Report on sanitation, dispensaries, and jails in Rajputana for 1912, and on vaccination for the year 1912-1913 - 1912-1913
Year: 1912
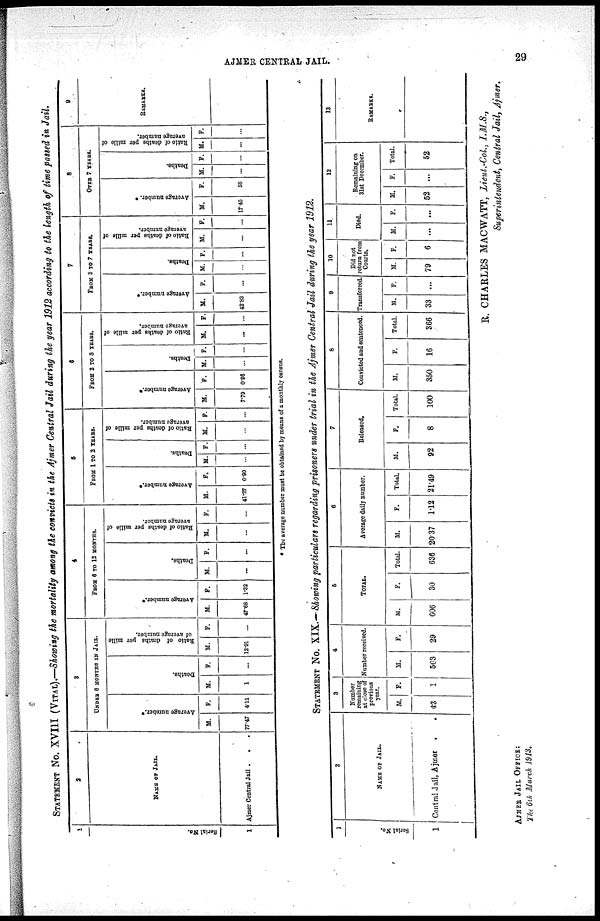
AJMER CENTRAL JAIL.
29
STATEMENT No. XVIII (VITAL).—Showing the mortality among the convicts in the Ajmer Central Jail during the year 1912 according to the length of time passed in Jail.
1
Serial No.
1
2
NAME OF JAIL.
Ajmer Central Jail .
. .
3
UNDER 6 MONTHS IN JAIL.
Average number. *
M.
77.47
F.
4.11
Deaths.
M.
1
F.
...
Ratio of deaths per mille
of average number.
M.
12.91
F.
...
4
FROM 6 TO 12 MONTHS.
Average number.*
M.
47.68
F.
1.32
Deaths.
M.
...
F.
...
Ratio of deaths per mille of
average number.
M.
...
F.
...
5
FROM 1 TO 2 YEARS.
Average number.*
M.
41.27
F.
0.90
Deaths.
M.
...
F.
...
Ratio of deaths per mille of
average number.
M.
...
F.
...
6
FROM 2 TO 3 YEARS.
Average number.*
M.
7.79
F.
0.96
Deaths.
M.
...
F.
...
Ratio of deaths per mille of
average number.
M.
...
F.
...
7
FROM 3 TO 7 YEARS.
Average number.*
M.
42.83
F.
...
Deaths.
M.
...
F.
...
Ratio of deaths per mille of
average number.
M.
...
F.
...
8
OVER 7 YEARS.
Average number. *
M.
17.45
F.
58
Deaths.
M.
...
F.
...
Ratio of deaths per mille of
average number.
M.
...
F.
...
9
REMARKS.
* The average number must be obtained by means of a monthly census.
STATEMENT No. XIX.— Showing particulars regarding prisoners under trial in the Ajmer Central Jail during the year 1912.
1
Serial No.
1
2
NAME OF JAIL.
Central Jail, Ajmer . .
3
Number
remaining
at close of
previous
year.
M.
4.3
F.
1
4
Number received.
M.
563
F.
29
5
TOTAL.
M.
606
F.
30
Total.
636
6
Average daily number.
M.
20.37
F.
1.12
Total.
21.49
7
Released.
M.
92
F.
8
Total.
100
8
Convicted and sentenced.
M.
350
F.
16
Total.
366
9
Transferred.
M.
33
F.
...
10
Did not
return from
Courts.
M.
79
F.
6
11
Died.
M.
...
F.
...
12
Remaining on
31st December.
M.
52
F.
...
Total.
52
13
REMARKS.
R. CHARLES MACWATT, Lieut.-Col, I.M.S.,
Superintendent, Central Jail, Ajmer.
AJMER JAIL OFFICE:
The 6th March 1913.